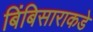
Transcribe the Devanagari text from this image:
बिंबिसाराकडे